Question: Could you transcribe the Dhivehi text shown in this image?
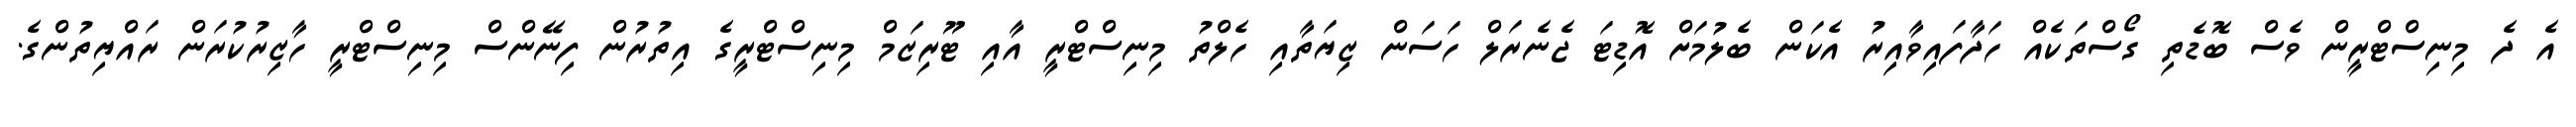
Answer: އެ ދެ މިނިސްޓްރީން ވެސް ބޮޑެތި ގޯސްތަކެއް ހަދާފައިވާއިރު އެކަން ބެލުމަށް އޮޑިޓަ ޖެނެރަލް ހަސަން ޒިޔަތާއި ހެލްތު މިނިސްޓްރީ އާއި ޓޫރިޒަމް މިނިސްޓްރީގެ އިތުރުން ފިނޭންސް މިނިސްޓްރީ ހާޒިރުކުރަން ރައްޔިތުންގެ.